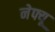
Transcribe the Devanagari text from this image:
नेफ्यू